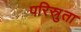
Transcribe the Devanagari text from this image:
परिस्रुता